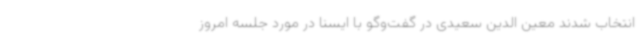
انتخاب شدند معین الدین سعیدی در گفت‌وگو با ایسنا در مورد جلسه امروز